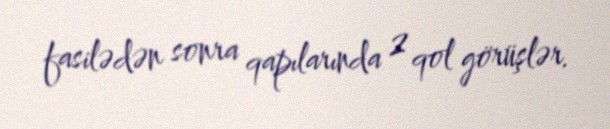
fasilədən sonra qapılarında 2 qol görüşlər.